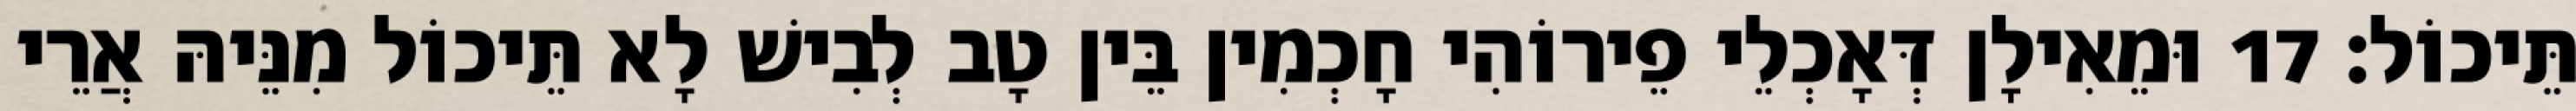
תֵּיכוֹל׃ 17 וּמֵאִילָן דְּאָכְלֵי פֵירוֹהִי חָכְמִין בֵּין טָב לְבִישׁ לָא תֵּיכוֹל מִנֵּיהּ אֲרֵי